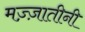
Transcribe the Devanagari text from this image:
मज़्ज़ातीनी